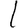
Digit: 1